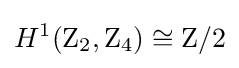
H^{1}(\mathrm {Z} _{2},\mathrm {Z} _{4})\cong \mathrm {Z} /2